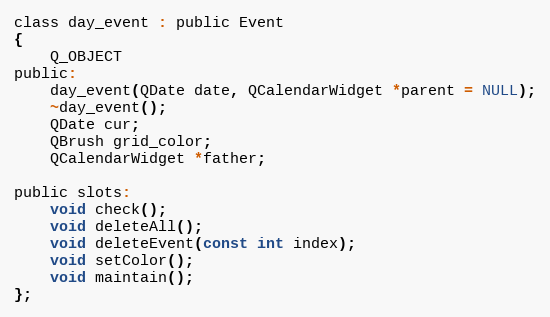
Language: C
class day_event : public Event
{
    Q_OBJECT
public:
    day_event(QDate date, QCalendarWidget *parent = NULL);
    ~day_event();
    QDate cur;
    QBrush grid_color;
    QCalendarWidget *father;

public slots:
    void check();
    void deleteAll();
    void deleteEvent(const int index);
    void setColor();
    void maintain();
};